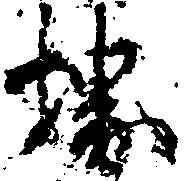
堺